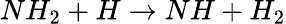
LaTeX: NH_{2}+H\rightarrow NH+H_{2}